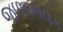
જળઆવક